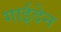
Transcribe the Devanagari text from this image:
गाईदेन